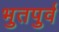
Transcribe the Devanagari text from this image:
भुतपुर्व